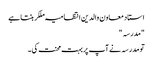
استاد معاون والدین انتظامیہ ملکر بنتا ہے
"مدرسہ "
تو مدرسہ نے آپ پر بہت محنت کی ۔